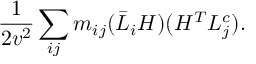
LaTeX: \frac { 1 } { 2 v ^ { 2 } } \sum _ { i j } m _ { i j } ( \bar { L } _ { i } H ) ( H ^ { T } L _ { j } ^ { c } ) .